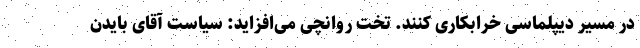
در مسیر دیپلماسی خرابکاری کنند. تخت روانچی می‌افزاید: سیاست آقای بایدن